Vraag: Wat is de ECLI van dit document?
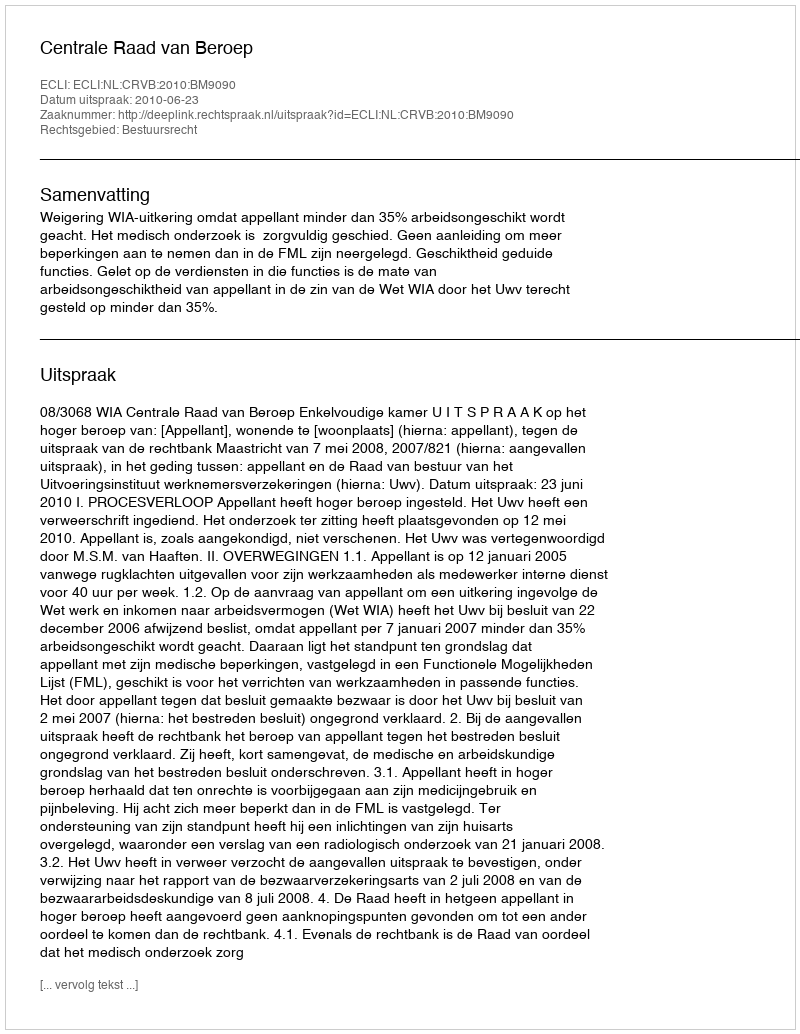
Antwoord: ECLI:NL:CRVB:2010:BM9090